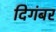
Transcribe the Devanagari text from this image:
दिगंबर